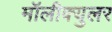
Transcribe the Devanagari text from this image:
मॉलीक्युलर